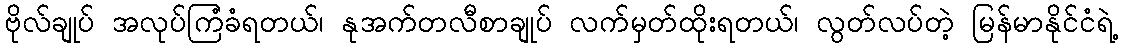
ဗိုလ်ချုပ် အလုပ်ကြံခံရတယ်၊ နုအက်တလီစာချုပ် လက်မှတ်ထိုးရတယ်၊ လွတ်လပ်တဲ့ မြန်မာနိုင်ငံရဲ့